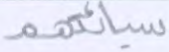
سيئاتهم